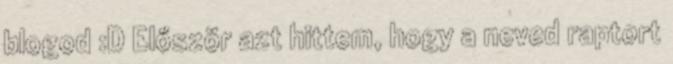
blogod :D Először azt hittem, hogy a neved raptort